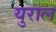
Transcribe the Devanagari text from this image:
युराल